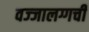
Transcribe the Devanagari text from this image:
वज्‍जालग्गची